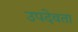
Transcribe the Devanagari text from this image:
उपदेवता